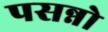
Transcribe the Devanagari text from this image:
पसन्नो